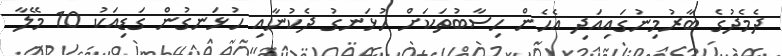
ދެމެދުގެ ބާރުމިނުގައިއަދި އެހެން ހިސާބުތަކަށް ހުޅަނގު ދެކުނާއި ހުޅަނގުން ގަޑިއަކު 10 މޭލާ